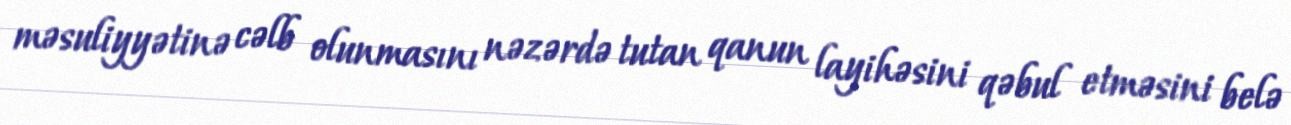
məsuliyyətinə cəlb olunmasını nəzərdə tutan qanun layihəsini qəbul etməsini belə